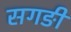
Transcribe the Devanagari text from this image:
सगङी